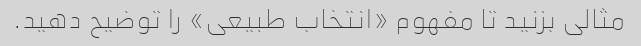
مثالی بزنید تا مفهوم «انتخاب طبیعی» را توضیح دهید.